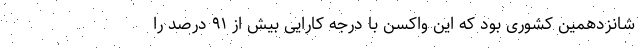
شانزدهمین کشوری بود که این واکسن با درجه کارایی بیش از ۹۱ درصد را